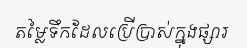
តម្លៃទឹកដែលប្រើប្រាស់ក្នុងផ្សារ